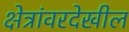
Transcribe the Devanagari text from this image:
क्षेत्रांवरदेखील